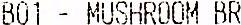
B01 - MUSHROOM BR